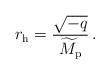
LaTeX: \begin{align*}r_{\rm h}={\sqrt{-q}\over\widetilde{M}_{\rm p}}\,.\end{align*}